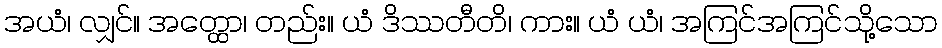
အယံ၊ လျှင်။ အတ္ထော၊ တည်း။ ယံ ဒိဿတီတိ၊ ကား။ ယံ ယံ၊ အကြင်အကြင်သို့သော